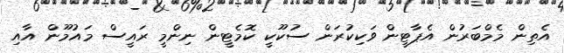
އެތިން މެމްބަރުން އެޕާޓީން ވަކިކުރަން ސުކޫކީ ކޮމެޓީން ނިންމީ ރައީސް މައުމޫން އާއި